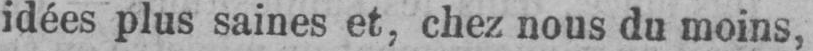
idées plus saines et, chez nous du moins,